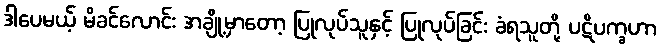
ဒါပေမယ့် မိခင်လောင်း အချို့မှာတော့ ပြုလုပ်သူနှင့် ပြုလုပ်ခြင်း ခံရသူတို့ ပဋိပက္ခဟာ